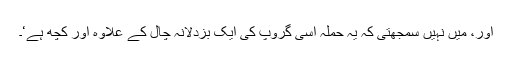
اور، میں نہیں سمجھتی کہ یہ حملہ اِسی گروپ کی ایک بزدلانہ چال کے علاوہ اور کچھ ہے‘۔